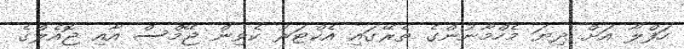
ހަފްލާ އަށް ދިޔަ މެހްމާނުންގެ ތެރޭގައި އެކްޓަރު ކެވިން ޖޭމްސް އާއި ޖޮއެލްގެ